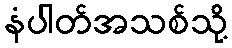
နံပါတ်အသစ်သို့